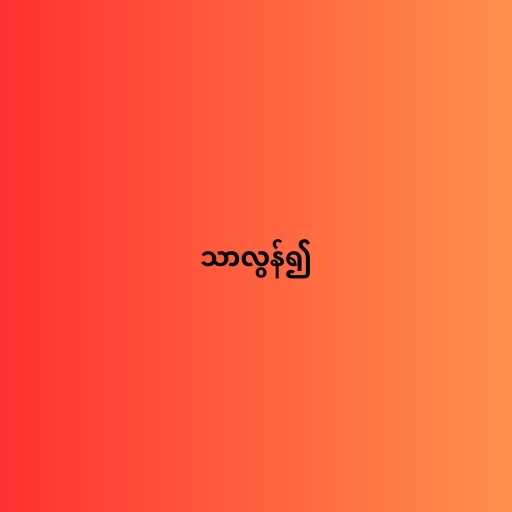
သာလွန်၍